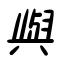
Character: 與